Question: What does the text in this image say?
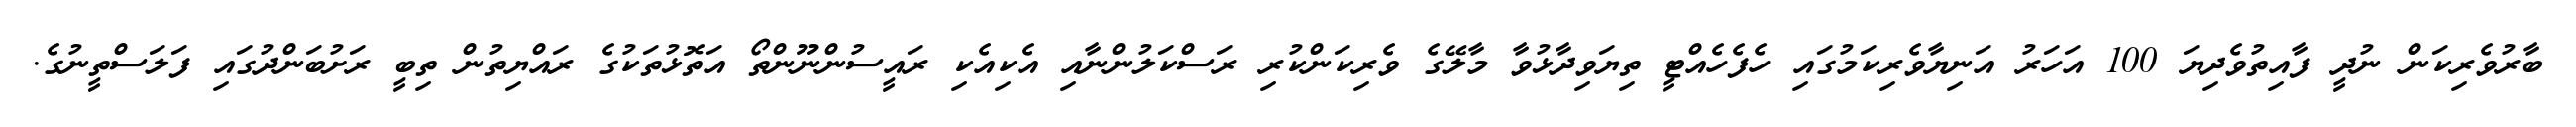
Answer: ބާރުވެރިކަން ނުދީ ފާއިތުވެދިޔަ 100 އަހަރު އަނިޔާވެރިކަމުގައި ހެފެހެއްޓީ ތިޔަވިދާޅުވާ މާލޭގެ ވެރިކަންކުރި ރަސްކަލުންނާއި އެކިއެކި ރައީސުންނޫންތޯ އަތޮޅުތަކުގެ ރައްޔިތުން ތިބީ ރަށުބަންދުގައި ފަލަސްތީނުގެ.